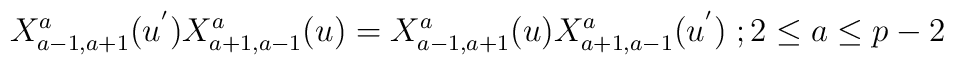
X^a_{a-1,a+1}(u^{'})X^{a}_{a+1,a-1}(u)=X^a_{a-1,a+1}(u)X^{a}_{a+1,a-1}(u^{'})\;;2\leq a\leq p-2